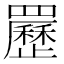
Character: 䍥